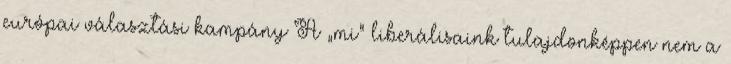
európai választási kampány A „mi” liberálisaink tulajdonképpen nem a